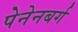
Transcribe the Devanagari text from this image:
पेनेनबर्ग